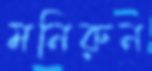
মনিরুন